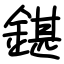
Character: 鍖